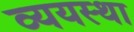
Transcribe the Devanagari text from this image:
व्ययस्था